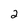
Character: 2